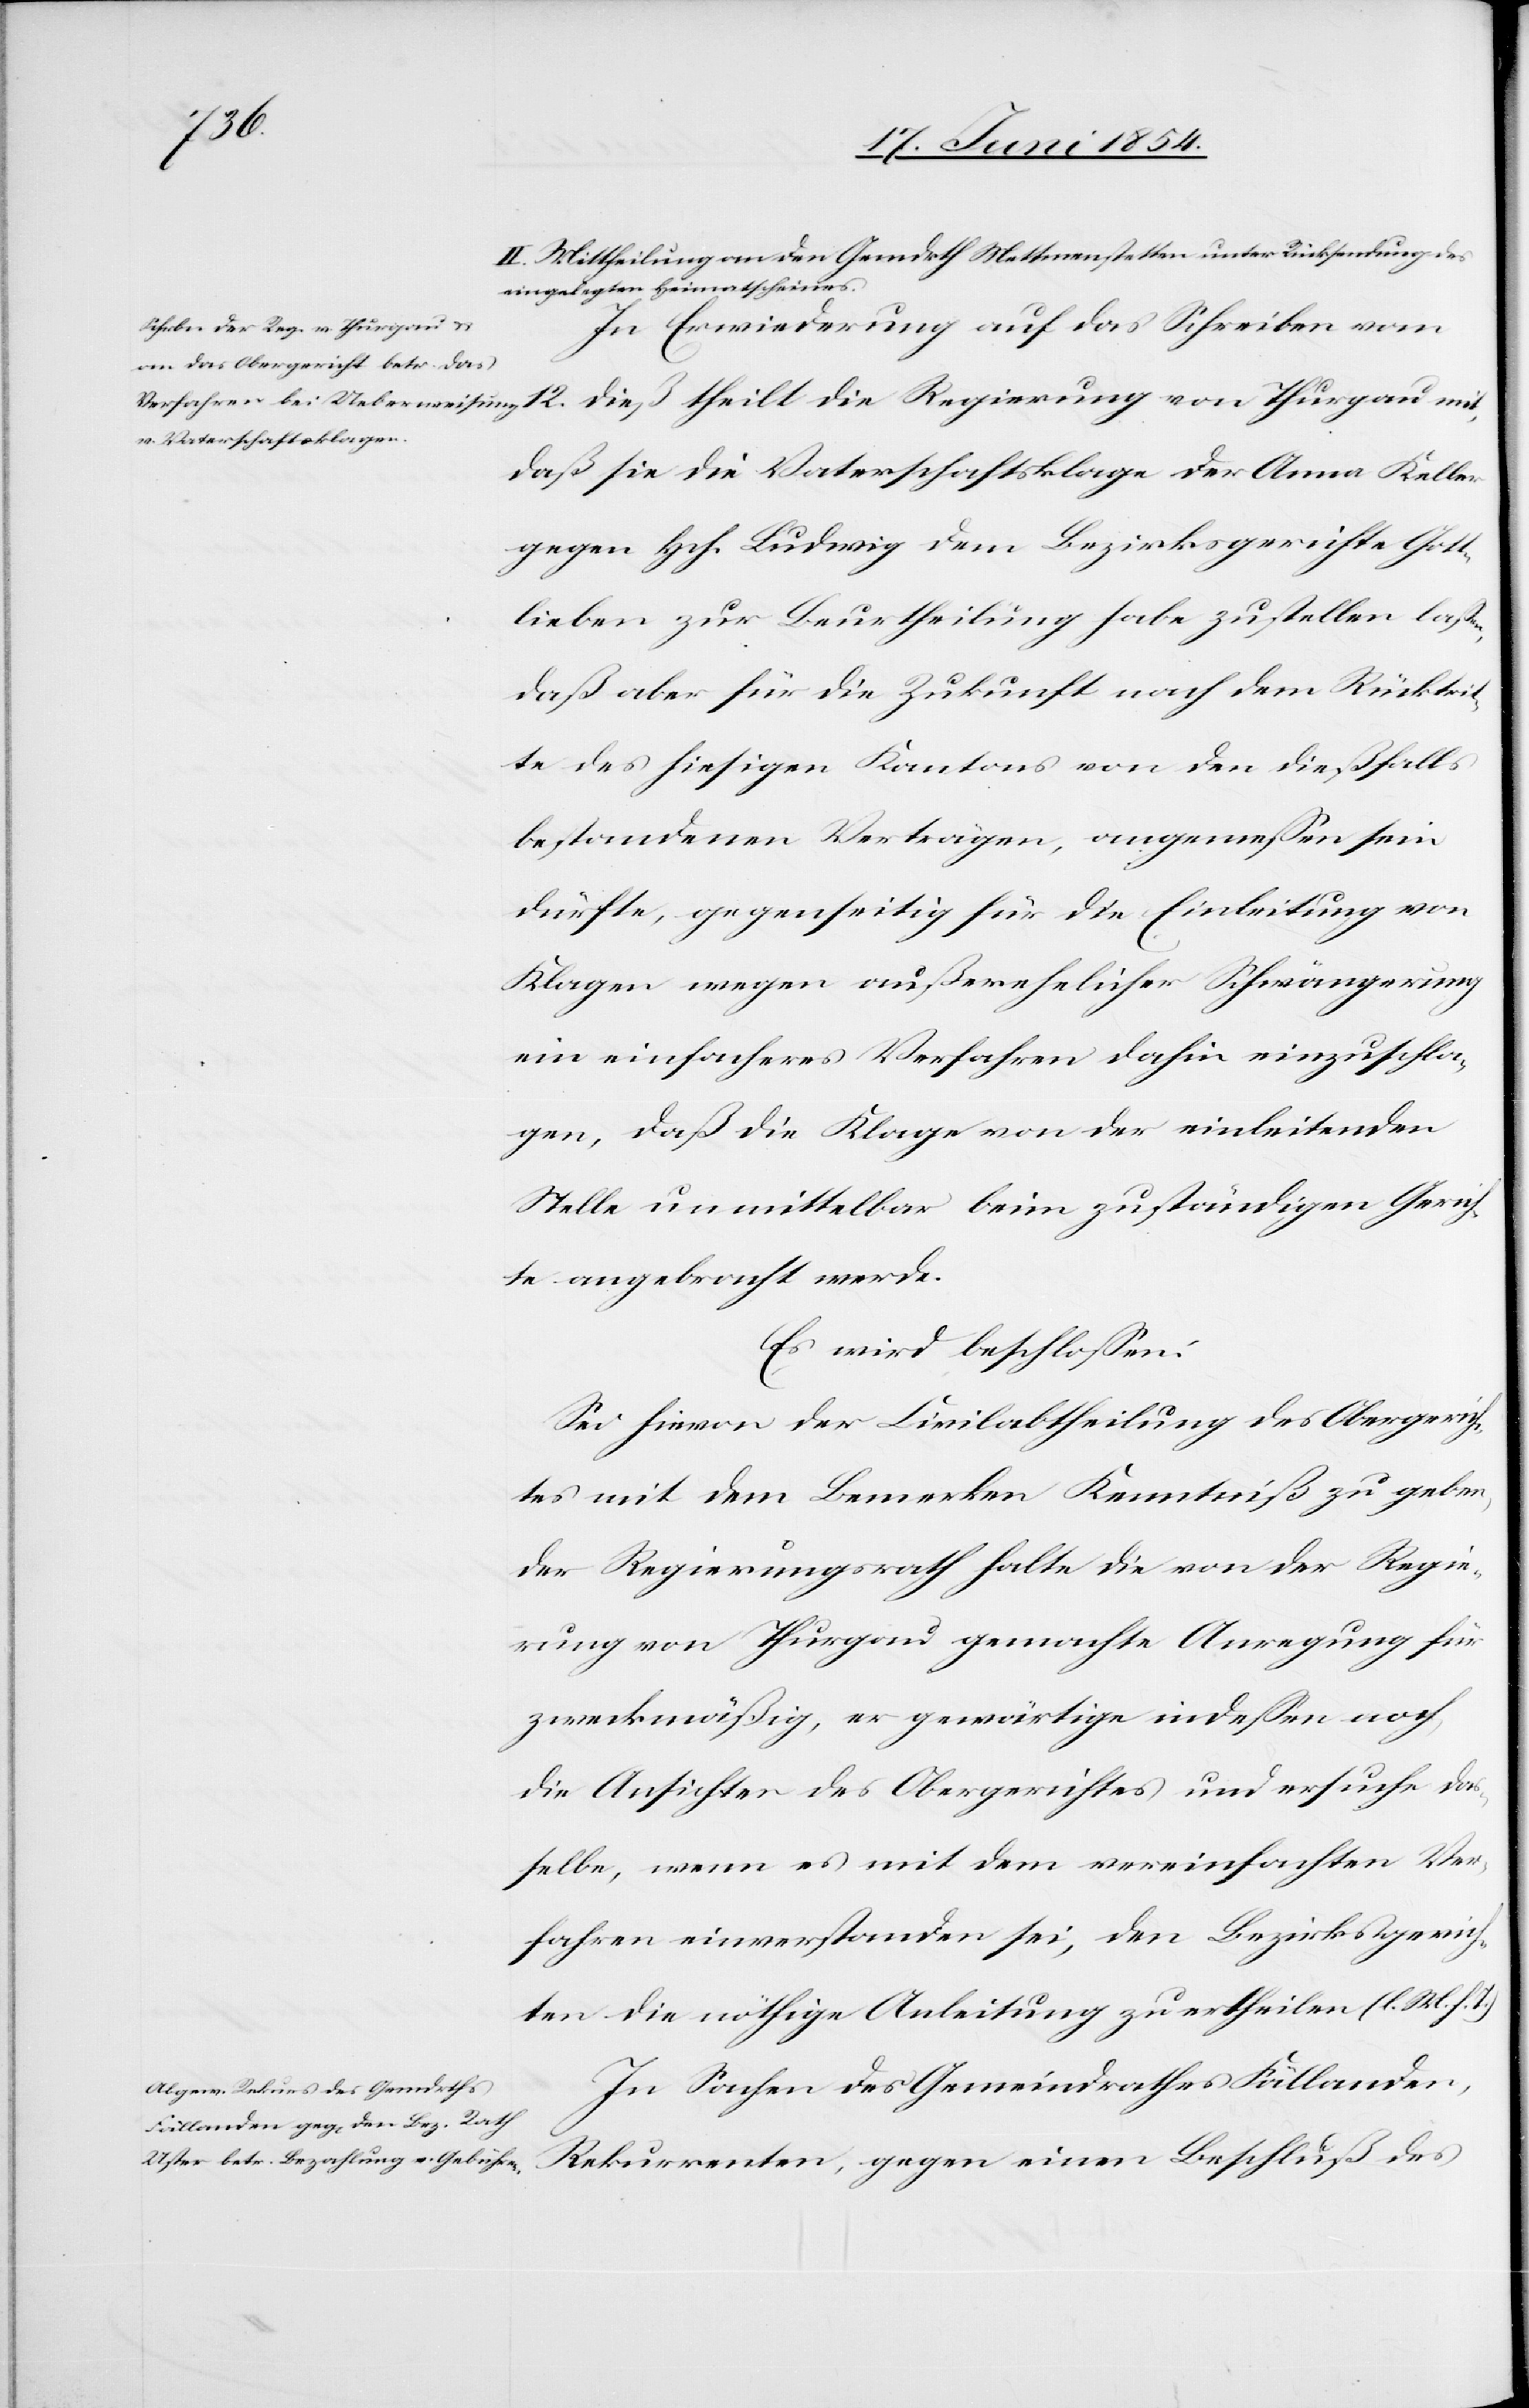
12.
II. Mittheilung an den Gemdrth Mettmenstetten unter Rücksendung des
eingelegten Heimatscheines.
In Erwiederung auf das Schreiben vom
Thurgau mit,
daß sie die Vaterschaftsklage der Anna Keller
gegen Hch. Ludwig dem Bezirksgerichte Gott¬
leiben zur Beurtheilung habe zustellen laßen,
daß aber für die Zukunft nach dem Rücktrit¬
te des hiesigen Kantons von den dießfalls
bestandenen Verträgen, angemeßen sein
dürfte, gegenseitig für die Einleitung von
Klagen wegen außerehelicher Schwängerung
ein einfacheres Verfahren dahin einzuschla¬
gen, daß die Klage von der einleitenden
Stelle unmittelbar beim zuständlichen Gerich¬
te angebracht werde.
Es wird beschloßen:
Sei hievon der Civilabtheilung des Obergerich¬
tes mit dem Bemerken Kenntniß zu geben,
der Regierungsrath halte die von der Regie¬
rung von Thurgau gemachte Anregung für
zweckmäßig, er gewärtige indeßen noch,
die Ansichten des Obergerichtes und ersuche das¬
selbe, wenn es mit dem vereinfachten Ver¬
fahren einverstanden sei, den Bezirksgerich¬
ten die nöthige Anleitung zu ertheilen. (l. M. h. T.)
In Sachen des Gemeindrathes Fällanden,
Rekurrenten gegen einen Beschluß des